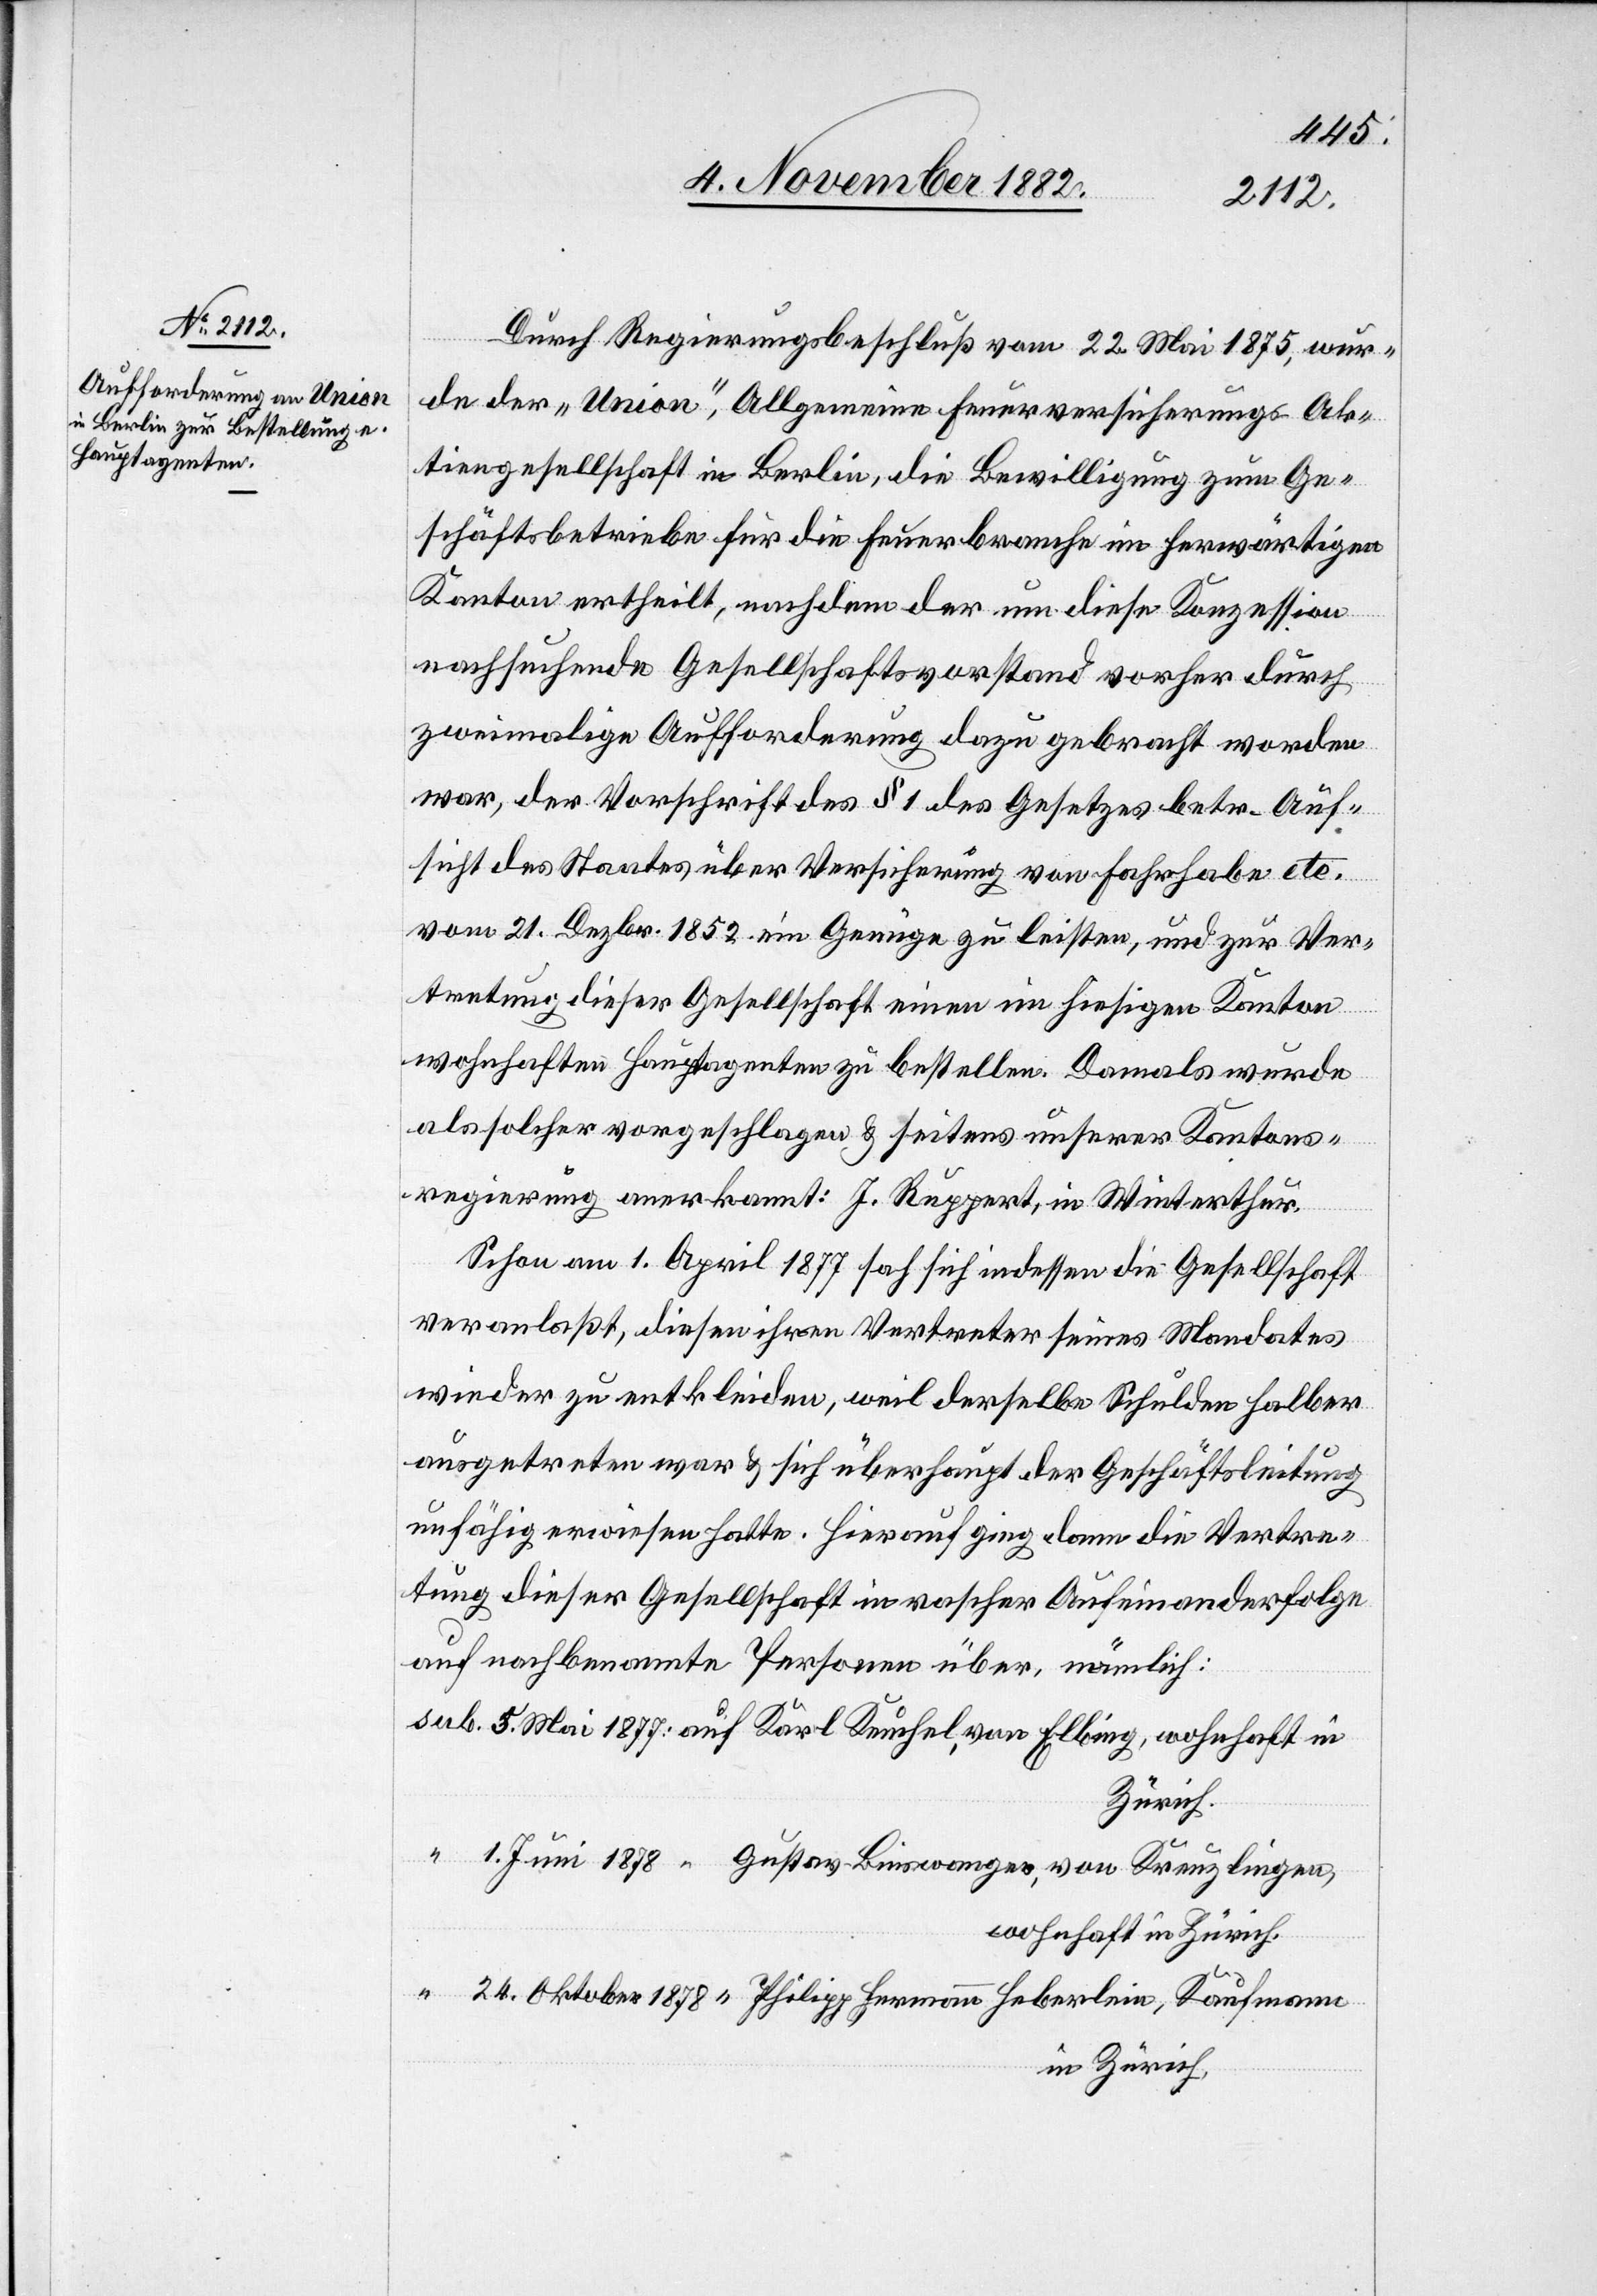
1878
Durch Regierungsbeschluß vom 22. Mai 1875, wur¬
de der „Union“, Allgemeine Feuerversicherungs-Ak¬
tiengesellschaft in Berlin, die Bewilligung zum Ge¬
schäftsbetriebe für die Feuerbranche im herwärtigen
Kanton ertheilt, nachdem der um diese Konzession
Hermann
nachsuchende Gesellschaftsvorstand vorher durch
zweimalige Aufforderung dazu gebracht worden
war, der Vorschrift des § 1 des Gesetzes betr. Auf¬
sicht des Staates über Versicherung von Fahrhabe etc.
vom 21. Dezbr. 1852 ein Genüge zu leisten, und zur Ver¬
tretung dieser Gesellschaft einen im hiesigen Kanton
wohnhaften Hauptagenten zu bestellen. Damals wurde
als solcher vorgeschlagen & seitens unserer Kantons¬
regierung anerkannt: J. Ruppert, in Winterthur.
Schon am 1. April 1877 sah sich indessen die Gesellschaft
veranlaßt, diesen ihren Vertreter seines Mandates
wieder zu entkleiden, weil derselbe Schulden halber
ausgetreten war & sich überhaupt der Geschäftsleitung
unfähig erwiesen hatte. Hierauf ging dann die Vertre¬
tung dieser Gesellschaft in rascher Aufeinanderfolge
auf nachbenannte Personen über, nämlich:
wohnhaft in Zürich.
in Zürich,